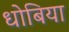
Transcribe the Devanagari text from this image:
धोबिया